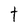
Character: t